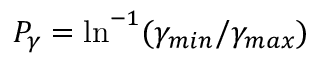
P _ { \gamma } = \mathrm { l n } ^ { - 1 } ( \gamma _ { m i n } / \gamma _ { m a x } )